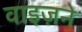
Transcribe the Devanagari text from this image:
वाइज़ने